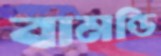
বামন্ডি